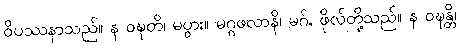
ဝိပဿနာသည်။ န ဝဍ္ဎတိ၊ မပွား။ မဂ္ဂဖလာနိ၊ မဂ်, ဖိုလ်တို့သည်။ န ဝဍ္ဎန္တိ၊